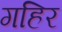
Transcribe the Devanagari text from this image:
गहिर